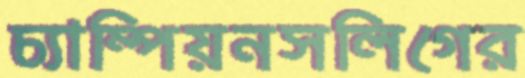
চ্যাম্পিয়নসলিগের